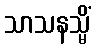
သာသနသ္မိံ